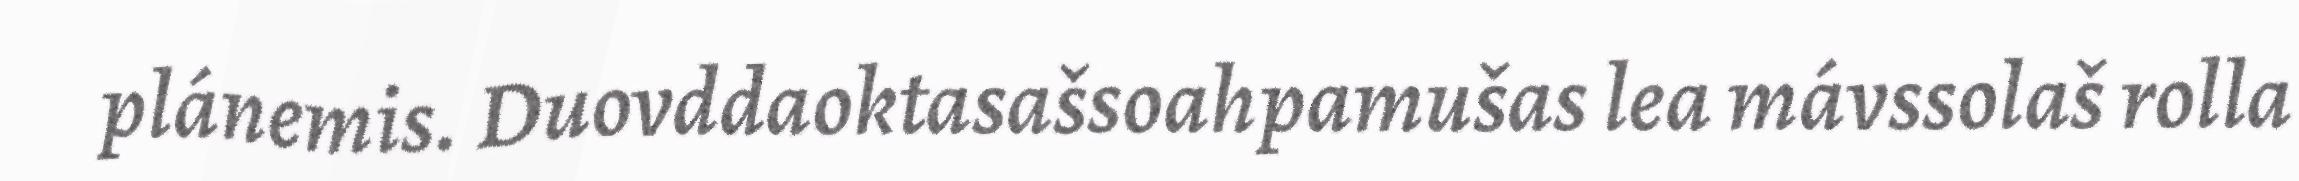
plánemis. Duovddaoktasašsoahpamušas lea mávssolaš rolla